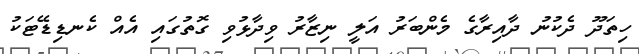
ހިތަދޫ ދެކުނު ދާއިރާގެ މެންބަރު އަލީ ނިޒާރު ވިދާޅުވި ގޮތުގައި އެއް ކެނޑިޑޭޓަކު